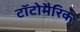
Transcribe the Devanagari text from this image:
टॉटोमैरिक